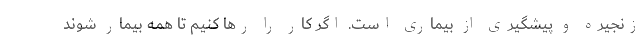
زنجیره و پیشگیری از بیماری است. اگر کار را رها کنیم تا همه بیمار شوند